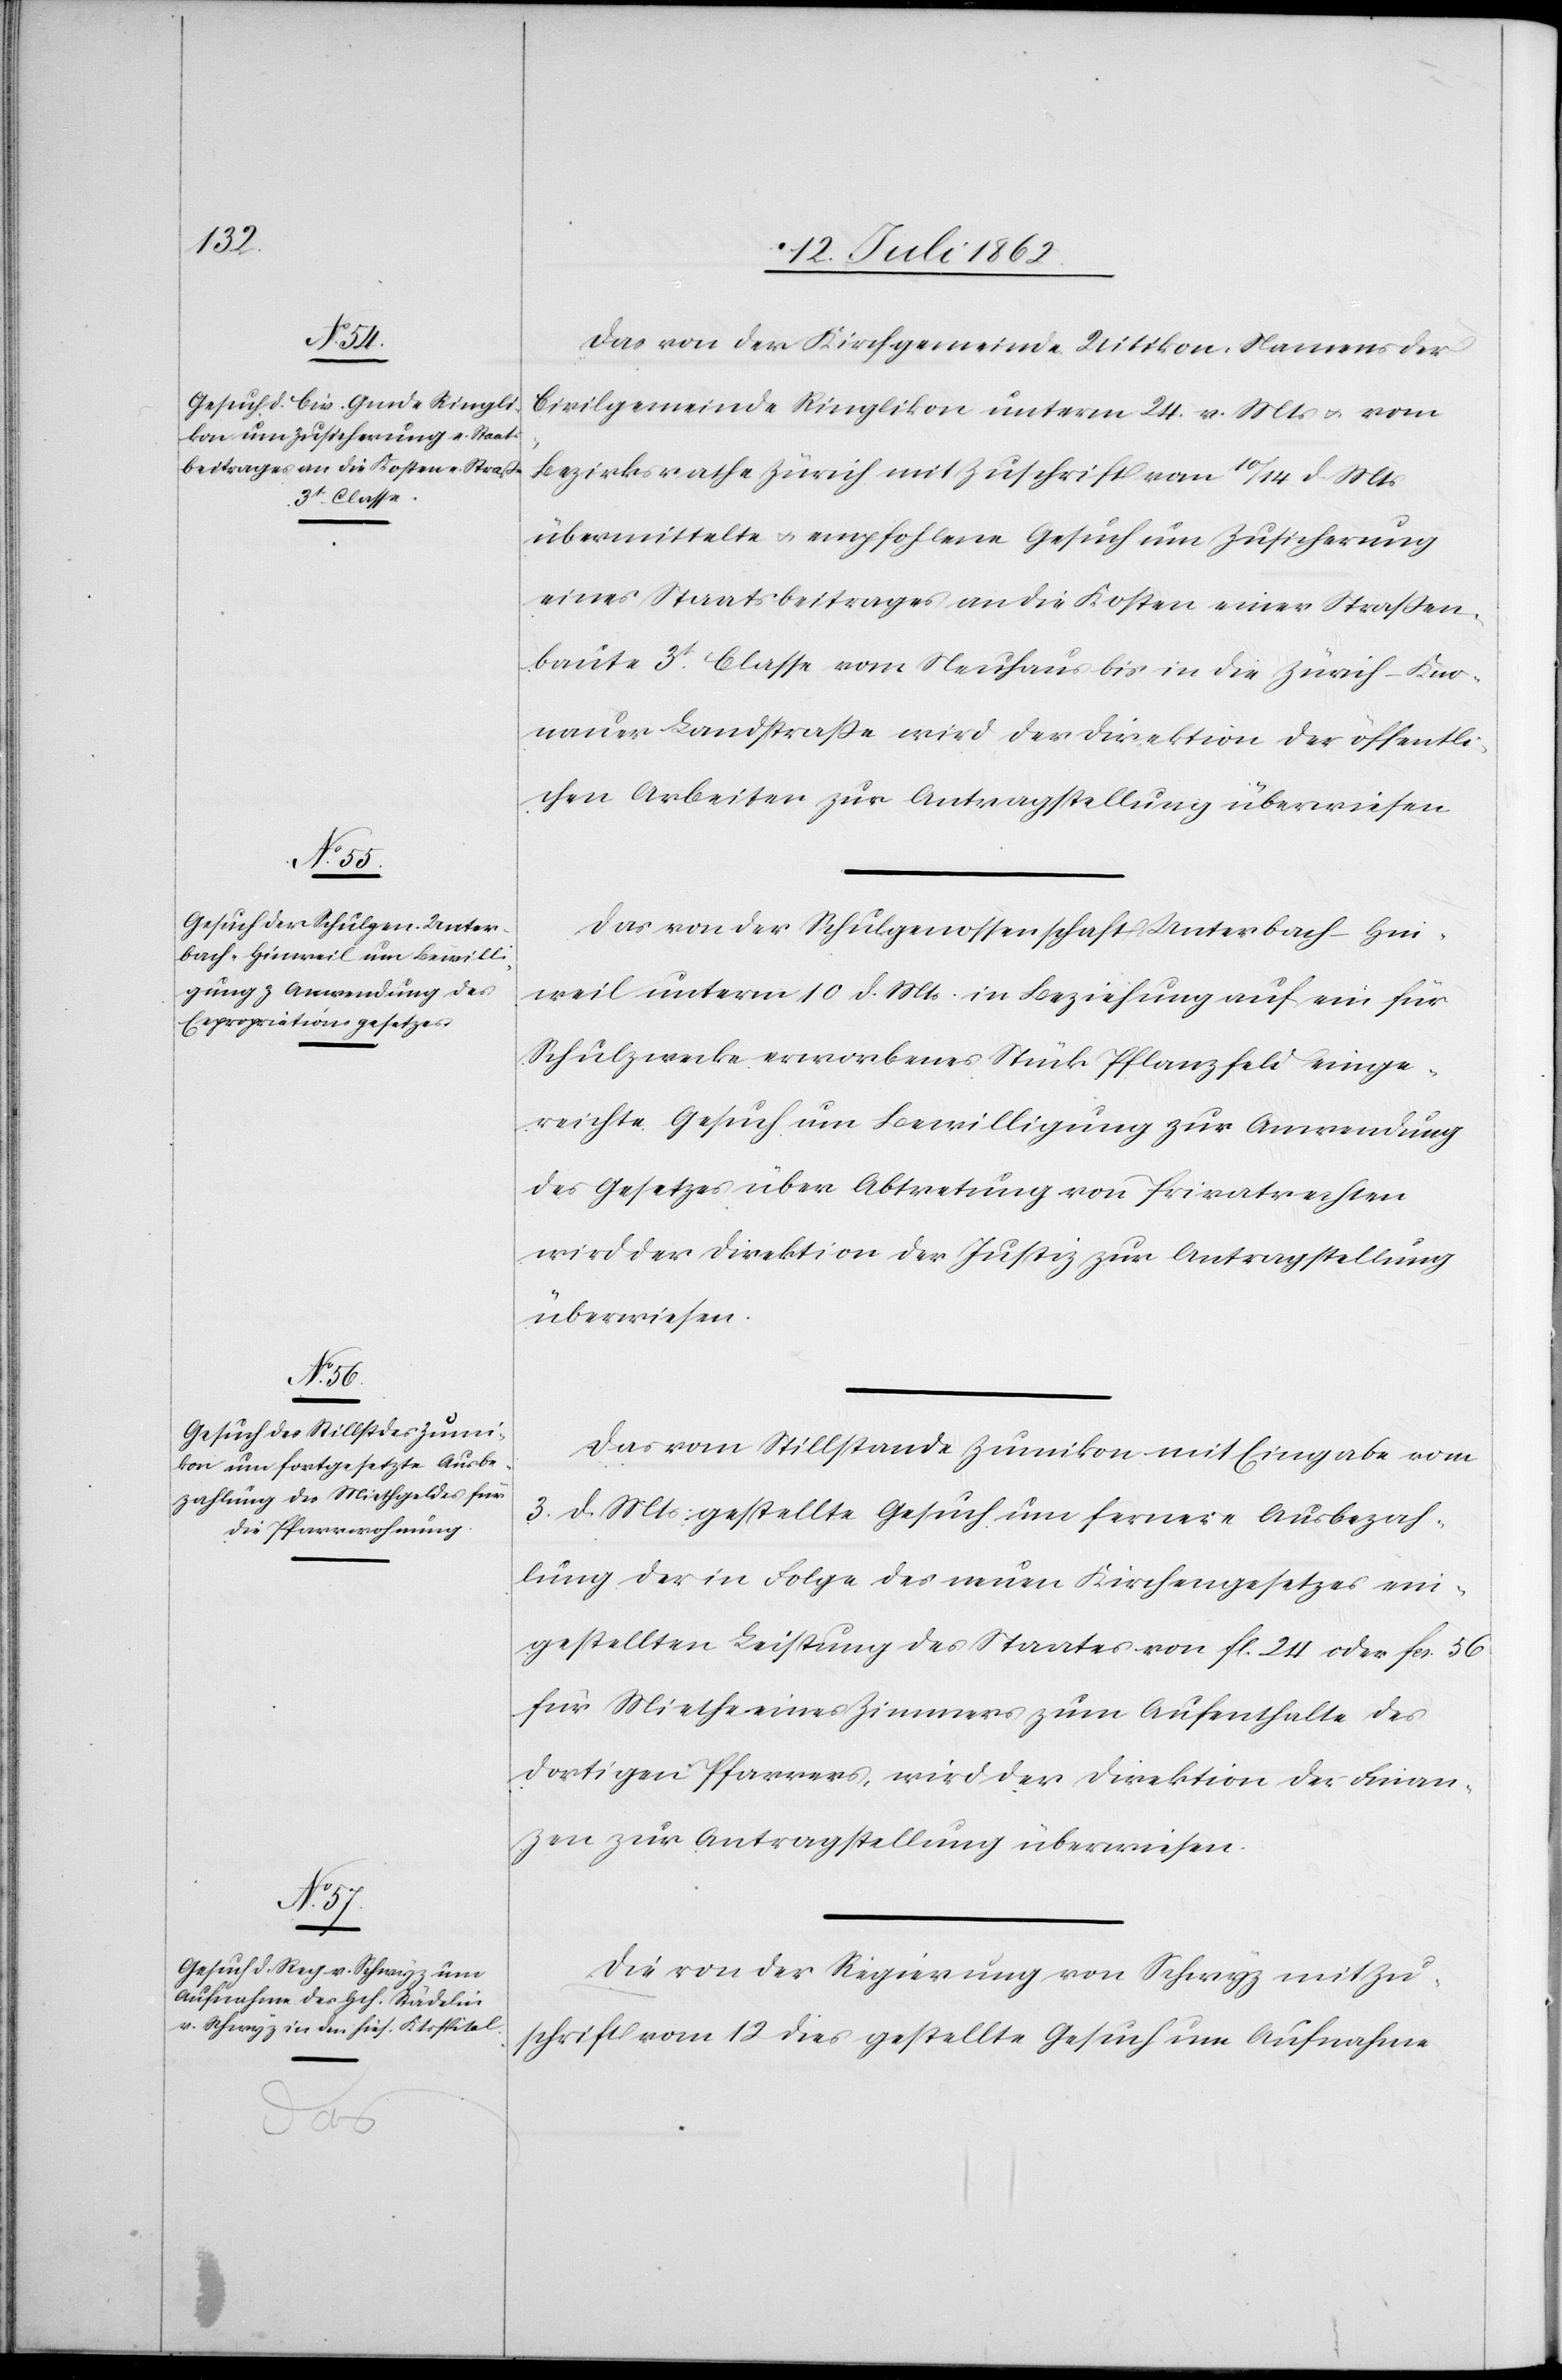
15. Juli 1862.]
Das von der Kirchgemeinde Uitikon, Namens der
Civilgemeinde Ringlikon unterm 24. v. Mts. u. vom
Bezirksrathe Zürich mit Zuschrift vom 10./14. d. Mts.
übermittelte u. empfohlene Gesuch um Zusicherung
eines Staatsbeitrages an die Kosten einer Straßen¬
baute 3t Classe vom Neuhaus bis in die Zürich-Kno¬
nauer Landstraße wird der Direktion der öffentli¬
chen Arbeiten zur Antragstellung überwiesen.
Das von der Schulgenossenschaft Unterbach-Hin¬
weil unterm 10. d. Mts. in Beziehung auf ein für
Schulzwecke erworbenes Stück Pflanzfeld einge¬
reichtes Gesuch um Bewilligung zur Anwendung
des Gesetzes über Abtretung von Privatrechten
wird der Direktion der Justiz zur Antragstellung
überwiesen.
Das vom Stillstande Zumikon mit Eingabe vom
3. d. Mts. gestellte Gesuch um fernere Ausbezah¬
lung der in Folge des neuen Kirchengesetzes ein¬
gestellten Leistung des Staates von Fl. 24 oder fcs. 56
für Miethe eines Zimmers zum Aufenthalte des
dortigen Pfarrers, wird der Direktion der Finan¬
zen zur Antragstellung überwiesen.
[sic!] von der Regierung von Schwyz mit Zu¬
schrift vom 12. dies gestellte Gesuch um Aufnahme